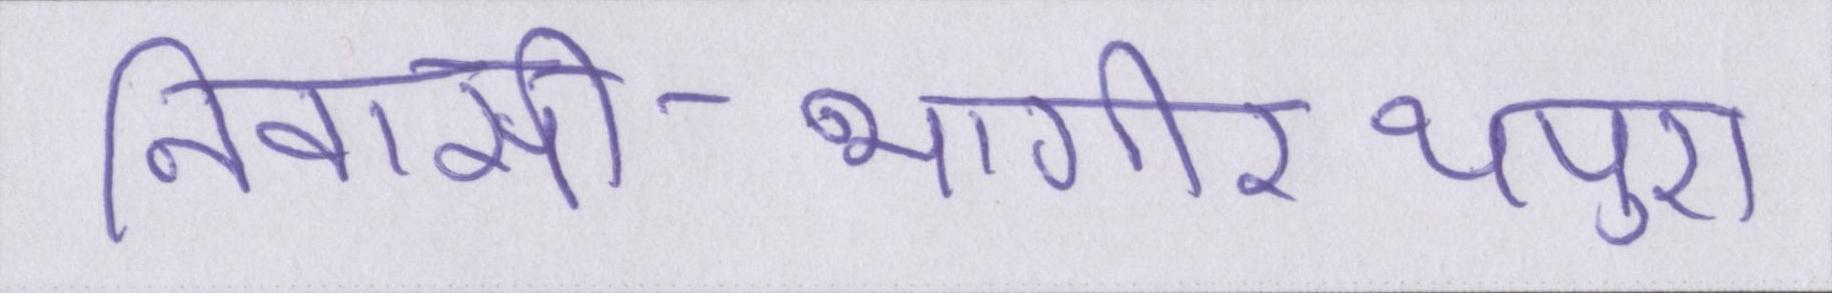
निवासी-भागीरथपुरा